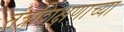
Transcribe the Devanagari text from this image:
तंत्रशिक्षणाच्या